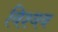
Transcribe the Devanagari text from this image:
विश्वव